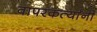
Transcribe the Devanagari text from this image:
वापरकर्त्यांनी